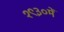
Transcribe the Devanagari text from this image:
१९३०में